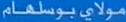
مولاي_بوسلقام